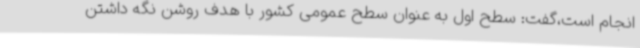
انجام است،گفت: سطح اول به عنوان سطح عمومی کشور با هدف روشن نگه داشتن